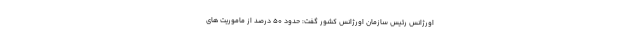
اورژانس رئیس سازمان اورژانس کشور گفت: حدود ۵۰ درصد از ماموریت های